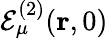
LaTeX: \mathcal{E}_{\mu}^{(2)}(\mathbf{r},0)